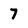
Character: 7